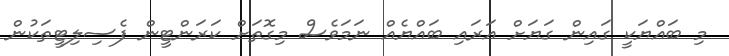
މި ބައްޔަކީ ގައިން ގަޔަށް އަރައި ބައްޔެއް ނަމަވެސް މިގޮތަށް ކަރަންޓީން ފެސިލިޓީތަކުން